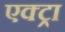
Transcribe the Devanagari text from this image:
एक्ट्रा